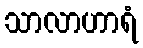
သာလာဟာရံ